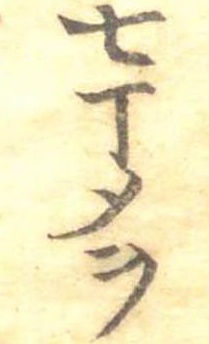
七丁メヲ